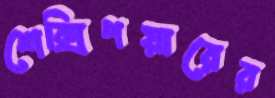
শেক্সিপয়ারের